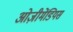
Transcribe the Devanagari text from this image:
ओज़ीमेंडियस